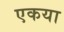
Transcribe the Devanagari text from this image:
एकया